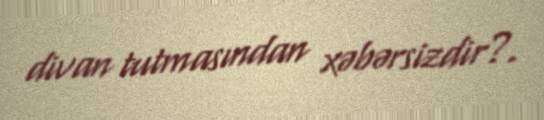
divan tutmasından xəbərsizdir?.